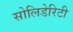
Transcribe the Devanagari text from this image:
सोलिडेरिटी